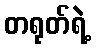
တရုတ်ရဲ့